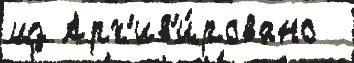
из Арх'ив'и́ровано